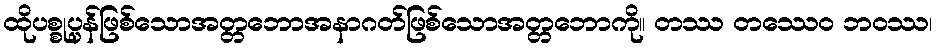
ထိုပစ္စုပ္ပန်ဖြစ်သောအတ္တဘောအနာဂတ်ဖြစ်သောအတ္တဘောကို။ တဿ တဿေဝ ဘဝဿ၊